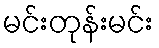
မင်းတုန်းမင်း